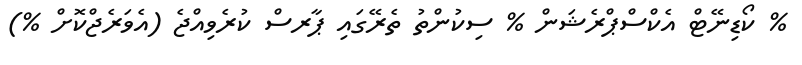
% ކޯޑިނޭޓް އެކްސްޕްރެޝަން % ސިކުންތު ތެރޭގައި ޕާރސް ކުރެވިއްޖެ (އެވަރެޖްކޮށް %)